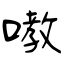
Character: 嘋